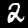
Digit: 2